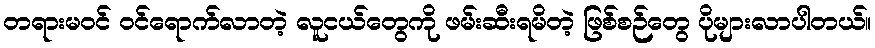
တရားမဝင် ဝင်ရောက်လာတဲ့ လူငယ်တွေကို ဖမ်းဆီးရမိတဲ့ ဖြစ်စဉ်တွေ ပိုများလာပါတယ်။